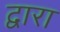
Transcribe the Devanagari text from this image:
द्वारा